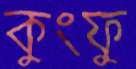
কুংফু